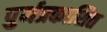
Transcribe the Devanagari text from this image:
पुर्नप्रकाशित